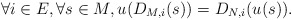
\begin{align*}\forall i \in E, \forall s \in M, u(D_{M,i}(s)) = D_{N,i}(u(s)). \end{align*}